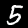
Label: 5